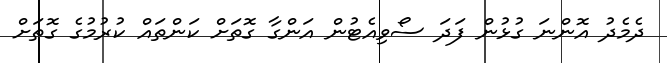
ދެމެދު އޮންނަ ގުޅުން ފަދަ ސޯވިއެޓުން އަންގާ ގޮތަށް ކަންތައް ކުރުމުގެ ގޮތަށް